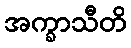
အက္ခာသီတိ